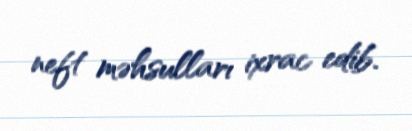
neft məhsulları ixrac edib.